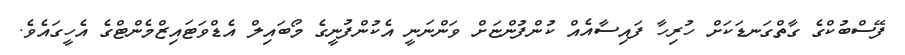
ފޭސްބުކްގެ ގާތްގަނޑަކަށް ހުރިހާ ފައިސާއެއް ކުންފުންޏަށް ވަންނަނީ އެކުންފުނީގެ މޯބައިލް އެޑްވަޓައިޒްމެންޓްގެ އެހީގައެވެ.